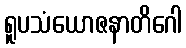
ရူပသံယောဇနာတိဂေါ